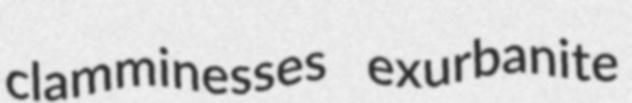
clamminesses exurbanite